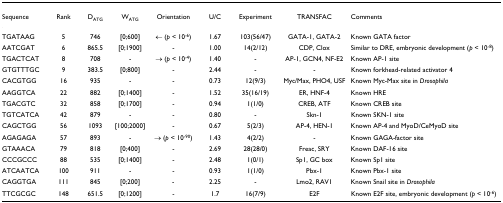
| Sequence | Rank | DATG | WATG | Orientation | U/C | Experiment | TRANSFAC | Comments |
 | --- | --- | --- | --- | --- | --- | --- | --- | --- |
 | TGATAAG | 5 | 746 | [0;600] | ← (p < 10-6) | 1.67 | 103(56/47) | GATA-1, GATA-2 | Known GATA factor |
 | AATCGAT | 6 | 865.5 | [0;1900] | - | 1.00 | 14(2/12) | CDP, Clox | Similar to DRE, embryonic development (p < 10-8) |
 | TGACTCAT | 8 | 708 | - | → (p < 10-4) | 1.40 | - | AP-1, GCN4, NF-E2 | Known AP-1 site |
 | GTGTTTGC | 9 | 383.5 | [0;800] | - | 2.44 | - | - | Known forkhead-related activator 4 |
 | CACGTGG | 16 | 935 | - | - | 0.73 | 12(9/3) | Myc/Max, PHO4, USF | Known Myc-Max site in Drosophila |
 | AAGGTCA | 22 | 882 | [0;1400] | - | 1.52 | 35(16/19) | ER, HNF-4 | Known HRE |
 | TGACGTC | 32 | 858 | [0;1700] | - | 0.94 | 1(1/0) | CREB, ATF | Known CREB site |
 | TGTCATCA | 42 | 879 | - | - | 0.80 | - | Skn-1 | Known SKN-1 site |
 | CAGCTGG | 56 | 1093 | [100;2000] | - | 0.67 | 5(2/3) | AP-4, HEN-1 | Known AP-4 and MyoD/CeMyoD site |
 | AGAGAGA | 57 | 893 | - | → (p < 10-90) | 1.43 | 4(2/2) | - | Known GAGA-factor site |
 | GTAAACA | 79 | 818 | [0;400] | - | 2.69 | 28(28/0) | Freac, SRY | Known DAF-16 site |
 | CCCGCCC | 88 | 535 | [0;1400] | - | 2.48 | 1(0/1) | Sp1, GC box | Known Sp1 site |
 | ATCAATCA | 100 | 911 | - | - | 0.93 | 1(1/0) | Pbx-1 | Known Pbx-1 site |
 | CAGGTGA | 111 | 845 | [0;200] | - | 2.25 | - | Lmo2, RAV1 | Known Snail site in Drosophila |
 | TTCGCGC | 148 | 651.5 | [0;1200] | - | 1.7 | 16(7/9) | E2F | Known E2F site, embryonic development (p < 10-6) |